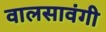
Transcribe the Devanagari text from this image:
वालसावंगी